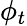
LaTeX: \phi_{t}